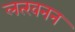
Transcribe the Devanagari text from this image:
लत्खनन